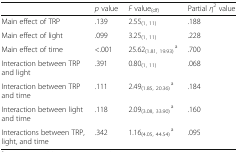
<table><thead><tr><td></td><td><b><i>p</i> value</b></td><td><b><i>F</i> value<sub>(df)</sub></b></td><td><b>Partial <i>η</i><sup>2</sup> value</b></td></tr></thead><tbody><tr><td>Main effect of TRP</td><td>.139</td><td>2.55<sub>(1, 11)</sub></td><td>.188</td></tr><tr><td>Main effect of light</td><td>.099</td><td>3.25<sub>(1, 11)</sub></td><td>.228</td></tr><tr><td>Main effect of time</td><td>&lt;.001</td><td>25.62<sub>(1.81, 19.93)</sub><sup>a</sup></td><td>.700</td></tr><tr><td>Interaction between TRP and light</td><td>.391</td><td>0.80<sub>(1, 11)</sub></td><td>.068</td></tr><tr><td>Interaction between TRP and time</td><td>.111</td><td>2.49<sub>(1.85, 20.36)</sub><sup>a</sup></td><td>.184</td></tr><tr><td>Interaction between light and time</td><td>.118</td><td>2.09<sub>(3.08, 33.90)</sub><sup>a</sup></td><td>.160</td></tr><tr><td>Interactions between TRP, light, and time</td><td>.342</td><td>1.16<sub>(4.05, 44.54)</sub><sup>a</sup></td><td>.095</td></tr></tbody></table>